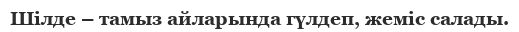
Шілде – тамыз айларында гүлдеп, жеміс салады.